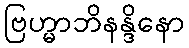
ဗြဟ္မာဘိနန္ဒိနော